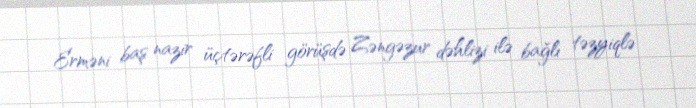
Erməni baş nazir üçtərəfli görüşdə Zəngəzur dəhlizi ilə bağlı təzyiqlə